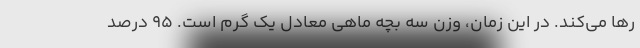
رها می‌کند. در این زمان، وزن سه بچه ماهی معادل یک گرم است. ۹۵ درصد